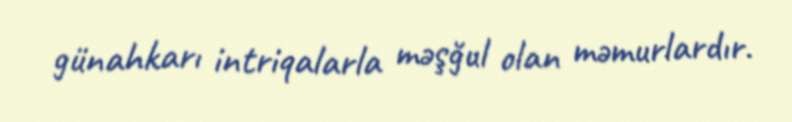
günahkarı intriqalarla məşğul olan məmurlardır.